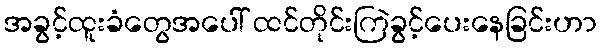
အခွင့်ထူးခံတွေအပေါ် ထင်တိုင်းကြဲခွင့်ပေးနေခြင်းဟာ